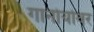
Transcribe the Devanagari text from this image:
गानोर्यावर